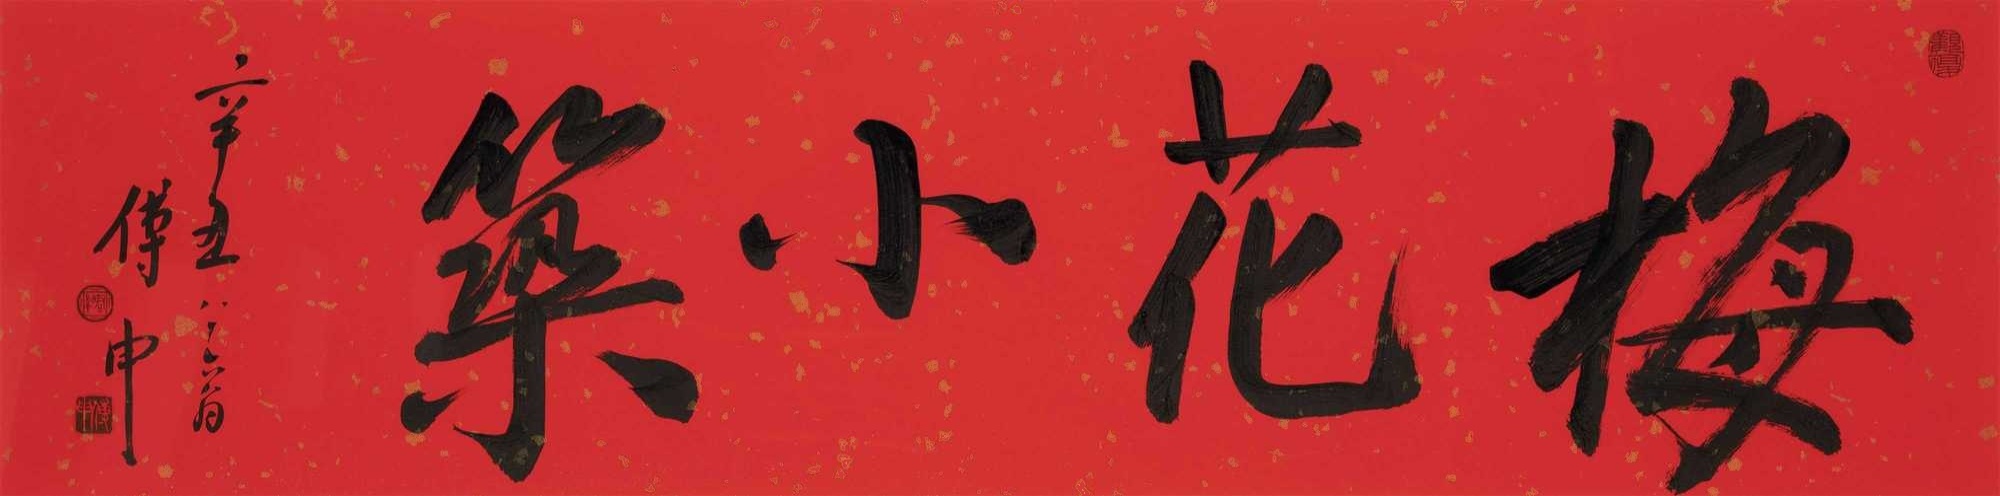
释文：梅花小筑辛丑，八十六翁傅申。